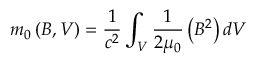
m _ { 0 } \left( B , V \right) = \frac { 1 } { c ^ { 2 } } \int _ { V } \frac { 1 } { 2 \mu _ { 0 } } \left( B ^ { 2 } \right) d V